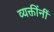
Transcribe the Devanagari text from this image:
व्यक्तींनीं